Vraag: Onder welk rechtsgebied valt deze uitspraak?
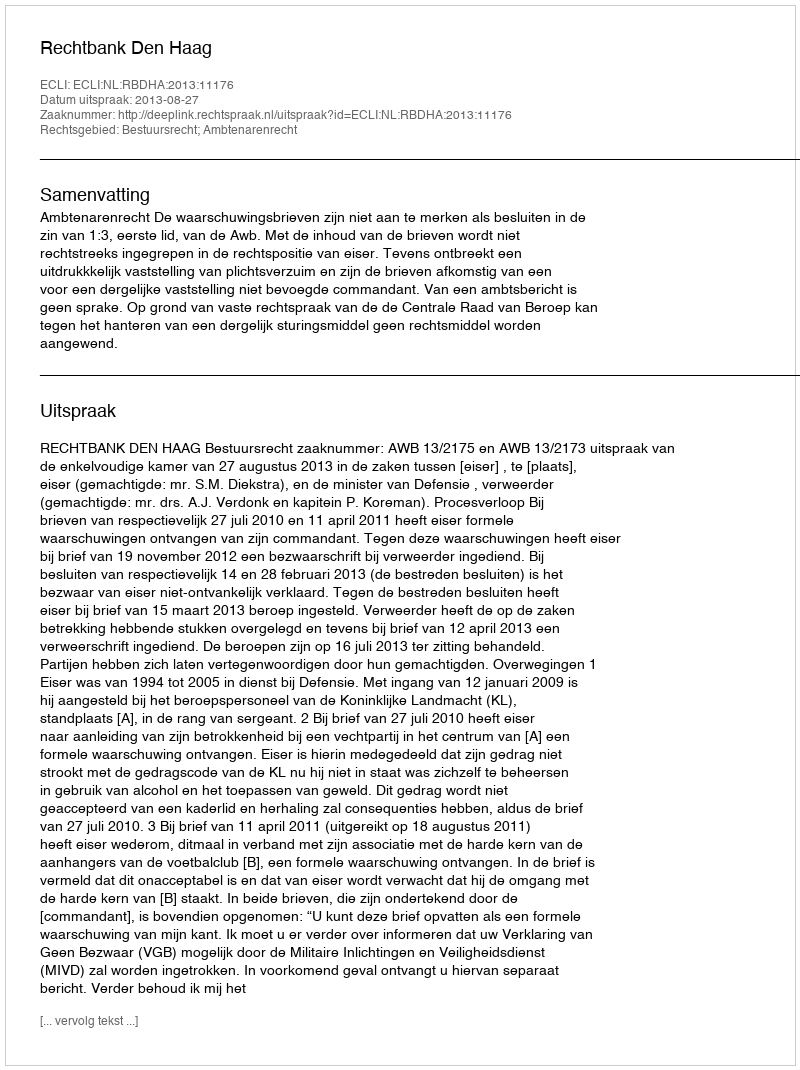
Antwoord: Bestuursrecht; Ambtenarenrecht